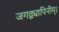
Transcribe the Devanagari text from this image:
जगद्व्यापिनीम्।